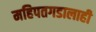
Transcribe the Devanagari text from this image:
महिपतगडालाही